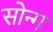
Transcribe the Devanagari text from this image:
सोन्ग